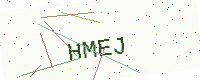
Text: HMEJ